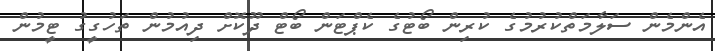
އެންމެން ސަލާމަތްކުރުމުގެ ކުރިން ބޯޓުގެ ކެޕްޓަން ބޯޓް ދޫކޮށް ދިއުމުން ތަހުގީގު ޓީމުން